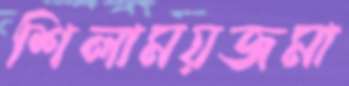
শিলাময়জমা